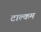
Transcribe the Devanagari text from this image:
टाल्कम